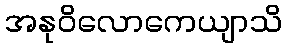
အနုဝိလောကေယျာသိ